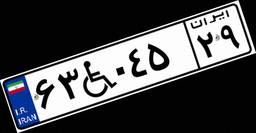
۴۷W۰۲۱۹۴